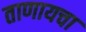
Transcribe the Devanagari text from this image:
ताणायचा